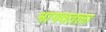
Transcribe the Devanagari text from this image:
भागवतला